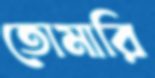
তোমারি